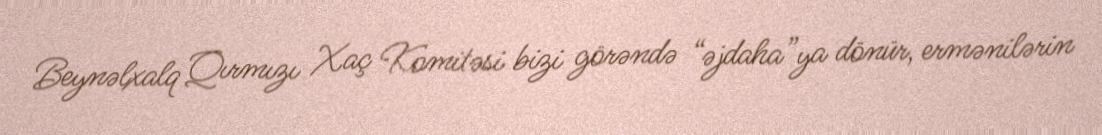
Beynəlxalq Qırmızı Xaç Komitəsi bizi görəndə “əjdaha”ya dönür, ermənilərin